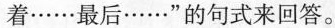
着……最后……”的句式来回答。